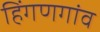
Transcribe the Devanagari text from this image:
हिंगणगांव